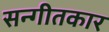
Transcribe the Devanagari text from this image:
सन्गीतकार